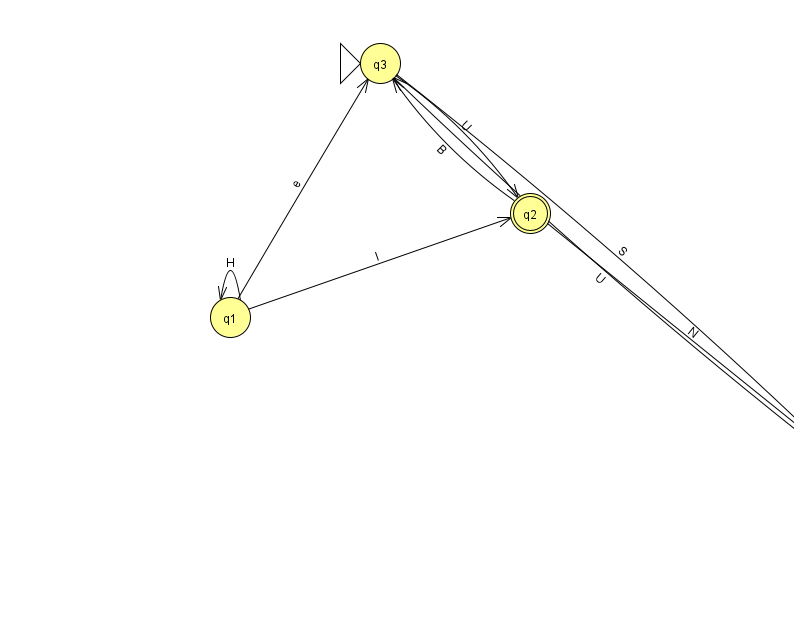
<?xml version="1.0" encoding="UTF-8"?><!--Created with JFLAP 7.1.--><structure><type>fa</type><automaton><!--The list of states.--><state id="0" name="q0"><x>845.0</x><y>454.0</y></state><state id="1" name="q1"><x>230.0</x><y>304.0</y></state><state id="2" name="q2"><x>530.0</x><y>200.0</y><final/></state><state id="3" name="q3"><x>380.0</x><y>50.0</y><initial/></state><!--The list of transitions.--><transition><from>2</from><to>0</to><read>N</read></transition><transition><from>1</from><to>3</to><read>e</read></transition><transition><from>3</from><to>0</to><read>S</read></transition><transition><from>0</from><to>3</to><read>U</read></transition><transition><from>1</from><to>2</to><read>l</read></transition><transition><from>1</from><to>1</to><read>H</read></transition><transition><from>3</from><to>2</to><read>U</read></transition><transition><from>2</from><to>3</to><read>B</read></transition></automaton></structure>